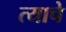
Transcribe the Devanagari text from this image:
त्याचेे